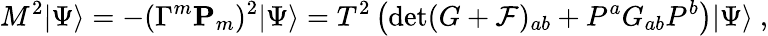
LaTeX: M^{2}|\Psi\rangle=-(\Gamma^{m}{\mathbf P}_{m})^{2}|\Psi\rangle=T^{2}\left(\operatorname*{det}(G+{\cal F})_{ab}+P^{a}G_{ab}P^{b}\right)|\Psi\rangle\ ,